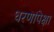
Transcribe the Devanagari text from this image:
धरणांपेक्षा